Civil Veterinary Department Bengal reports 1933-51 - 1933-1951
Year: 1933
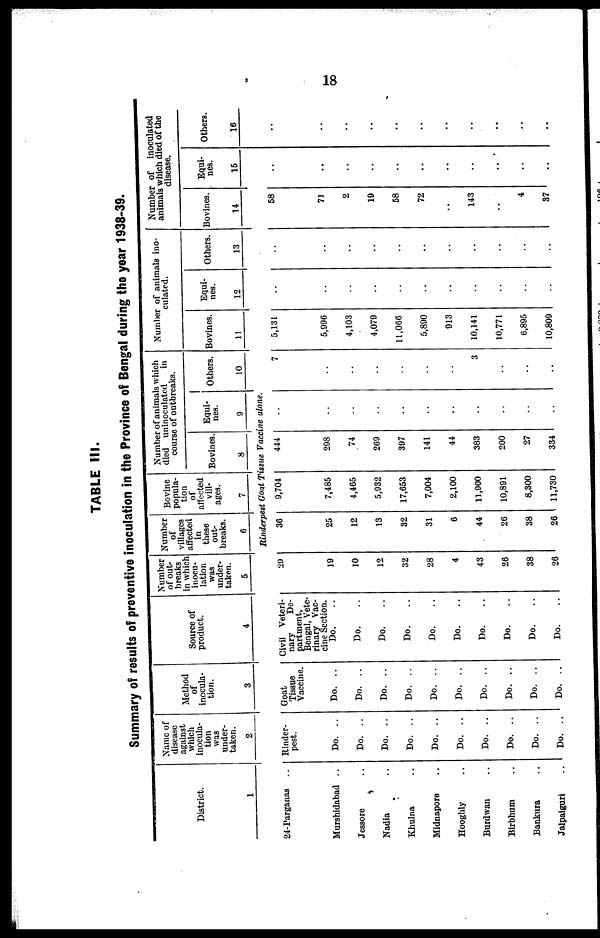
18
TABLE III.
Summary of results of preventive inoculation in the Province of Bengal during the year 1938-39.
District.
1
24-Parganas ..
Murshidabad ..
Jessore ..
Nadia ..
Khulna ..
Midnapore ..
Hooghly ..
Burdwan ..
Birbhum ..
Bankura ..
Jalpaiguri ..
Name of
disease
against
which
inocula-
tion
was
under-
taken.
2
Rinder-
pest.
Do. ..
Do. ..
Do. ..
Do. ..
Do. ..
Do. ..
Do. ..
Do. ..
Do. ..
Do. ..
Method
of
inocula-
tion.
3
Goat
Tissue
Vaccine.
Do. ..
Do. ..
Do. ..
Do. ..
Do. ..
Do. ..
Do. ..
Do. ..
Do. ..
Do. ..
Source of
product.
4
Civil Veteri-
nary
De-
partment,
Bengal, Vete-
rinary Vac-
cine Section.
Do. ..
Do. ..
Do. ..
Do. ..
Do. ..
Do...
Do...
Do...
Do. ..
Do. ..
Number
of out-
breaks
in which
inocu-
lation
was
under-
taken.
5
29
19
10
12
32
28
4
43
26
38
26
Number
of
villages
affected
in
these
out-
breaks.
6
Bovine
popula-
tion
of
affected
vill-
ages.
7
Number of animals which
died uninoculated
in
course of outbreaks.
Bovines.
8
Equi¬
nes.
9
Rinderpest Goat Tissue Vaccine alone.
36
25
12
13
32
31
6
44
26
38
26
9,704
7,485
4,465
5,932
17,653
7,004
2,100
11,900
10,891
8,300
11,730
444
298
74
269
397
141
44
383
200
27
334
..
..
..
..
..
..
..
..
..
..
..
Others.
10
7
..
..
..
..
..
..
3
..
..
..
Number of animals ino-
culated.
Bovines.
11
5,131
5,996
4,103
4,079
11,066
5,890
913
10,141
10,771
6,895
10,809
Equi¬
nes.
12
..
..
..
..
..
..
..
..
..
..
..
Others.
13
..
..
..
..
..
..
..
..
..
..
..
Number of inoculated
animals which died of the
disease.
Bovines.
14
58
71
2
19
58
72
143
4
37
Equi¬
nes.
15
Others.
16